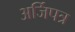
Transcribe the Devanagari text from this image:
अर्जिपत्र